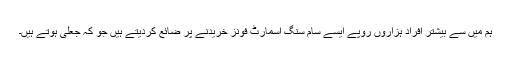
ہم میں سے بیشتر افراد ہزاروں روپے ایسے سام سنگ اسمارٹ فونز خریدنے پر ضائع کردیتے ہیں جو کہ جعلی ہوتے ہیں۔